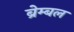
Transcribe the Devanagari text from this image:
ब्रेम्बल